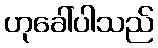
ဟုခေါ်ပါသည်